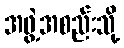
အဖွဲ့အစည်းသို့